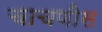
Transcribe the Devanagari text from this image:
चाचणीस